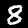
Digit: 8